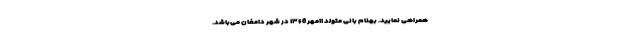
همراهی نمایید. بهنام بانی متولد ۱۱مهر ۱۳۶6 در شهر دامغان می‌باشد.